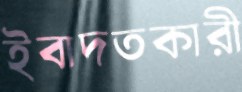
ইবাদতকারী